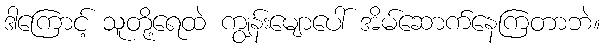
ဒါကြောင့် သူတို့ရေထဲ ကျွန်းမျောပေါ် အိမ်ဆောက်နေကြတာဘဲ။